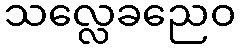
သလ္လေခညေဝ